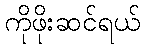
ကိုဖိုးဆင်ရယ်